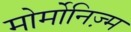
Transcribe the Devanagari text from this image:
मोर्मोनिज्‍़म